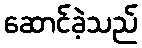
ဆောင်ခဲ့သည်